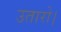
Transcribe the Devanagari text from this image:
उतारो।